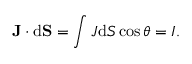
\mathbf { J } \cdot \mathrm { d } \mathbf { S } = \int J \mathrm { d } S \cos \theta = I .